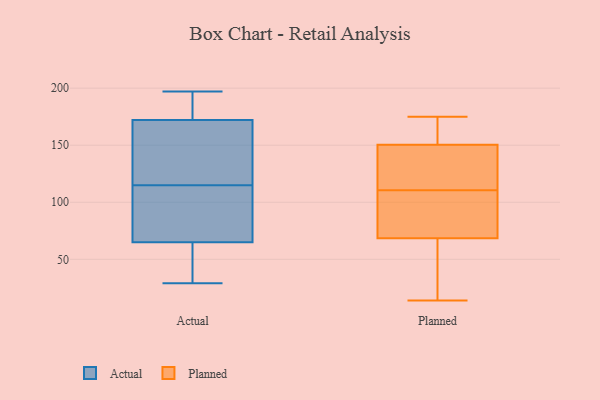
{"axis": {"x": "Temperature (°C)", "y": "Value"}, "legend": ["Actual", "Planned"], "data": [{"x": "", "y": 68, "type": "Actual"}, {"x": "", "y": 29, "type": "Actual"}, {"x": "", "y": 197, "type": "Actual"}, {"x": "", "y": 149, "type": "Actual"}, {"x": "", "y": 82, "type": "Actual"}, {"x": "", "y": 111, "type": "Actual"}, {"x": "", "y": 63, "type": "Actual"}, {"x": "", "y": 172, "type": "Actual"}, {"x": "", "y": 180, "type": "Actual"}, {"x": "", "y": 119, "type": "Actual"}, {"x": "", "y": 65, "type": "Actual"}, {"x": "", "y": 51, "type": "Actual"}, {"x": "", "y": 156, "type": "Actual"}, {"x": "", "y": 189, "type": "Actual"}, {"x": "", "y": 162, "type": "Planned"}, {"x": "", "y": 139, "type": "Planned"}, {"x": "", "y": 98, "type": "Planned"}, {"x": "", "y": 43, "type": "Planned"}, {"x": "", "y": 104, "type": "Planned"}, {"x": "", "y": 104, "type": "Planned"}, {"x": "", "y": 172, "type": "Planned"}, {"x": "", "y": 164, "type": "Planned"}, {"x": "", "y": 69, "type": "Planned"}, {"x": "", "y": 49, "type": "Planned"}, {"x": "", "y": 175, "type": "Planned"}, {"x": "", "y": 134, "type": "Planned"}, {"x": "", "y": 87, "type": "Planned"}, {"x": "", "y": 126, "type": "Planned"}, {"x": "", "y": 68, "type": "Planned"}, {"x": "", "y": 14, "type": "Planned"}, {"x": "", "y": 117, "type": "Planned"}, {"x": "", "y": 67, "type": "Planned"}, {"x": "", "y": 122, "type": "Planned"}, {"x": "", "y": 165, "type": "Planned"}]}